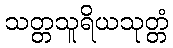
သတ္တသူရိယသုတ္တံ